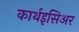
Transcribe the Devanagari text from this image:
कार्थइसिअर